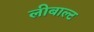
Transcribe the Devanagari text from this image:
लीबाल्ट